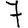
Digit: 7